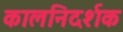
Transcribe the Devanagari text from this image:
कालनिदर्शक